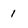
Character: 1